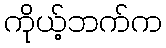
ကိုယ့်ဘက်က